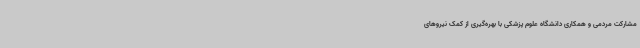
مشارکت مردمی و همکاری دانشگاه علوم پزشکی با بهره‌گیری از کمک نیروهای